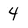
Character: 4